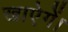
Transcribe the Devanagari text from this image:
खाऐगें।